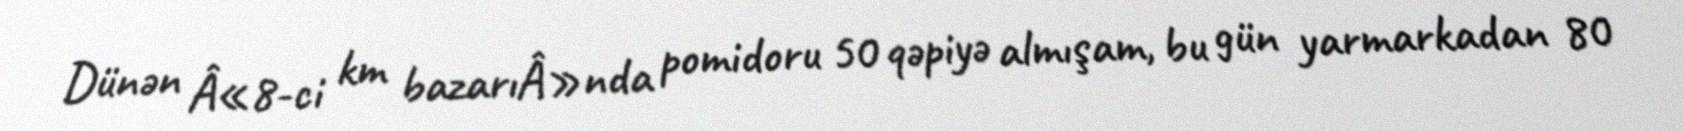
Dünən Â«8-ci km bazarıÂ»nda pomidoru 50 qəpiyə almışam, bu gün yarmarkadan 80